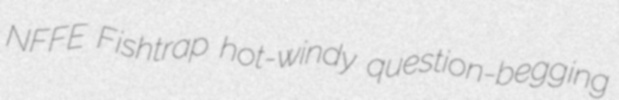
NFFE Fishtrap hot-windy question-begging